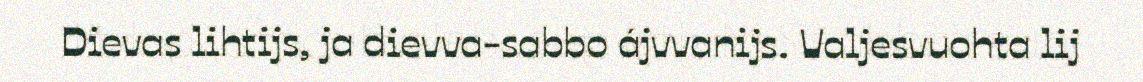
Dievas lihtijs, ja dievva-sabbo ájvvanijs. Valjesvuohta lij